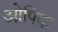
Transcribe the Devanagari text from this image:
ओपिक